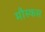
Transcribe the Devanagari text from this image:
मौस्कस